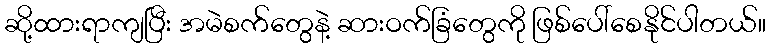
ဆို့ထားရာကျပြီး အမဲစက်တွေနဲ့ ဆားဝက်ခြံတွေကို ဖြစ်ပေါ်စေနိုင်ပါတယ်။